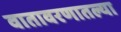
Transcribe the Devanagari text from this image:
वातावरणातल्या